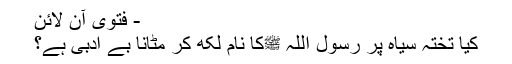
- فتویٰ آن لائن
کیا تختہ سیاہ پر رسول اللہ ﷺکا نام لکھ کر مٹانا بے ادبی ہے؟